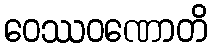
ဝေဿဝဏောတိ